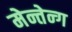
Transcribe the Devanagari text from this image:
मेन्तेन्ग